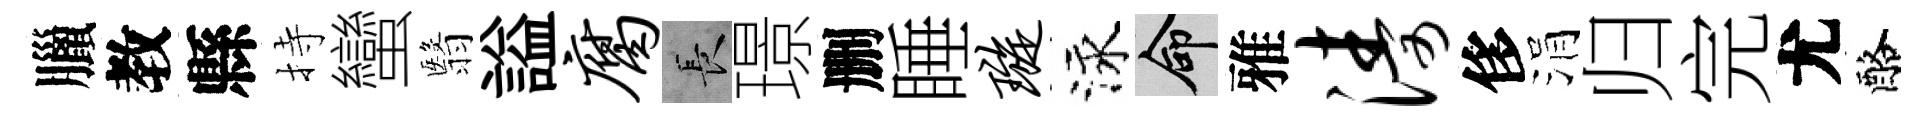
臘教縣持蠻翳謚腐长璟删睡璇泳命雅涛侈涓归完尤酪